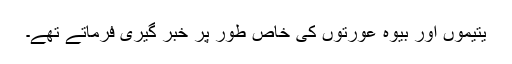
یتیموں اور بیوہ عورتوں کی خاص طور پر خبر گیری فرماتے تھے۔